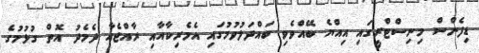
ޑިފެންސް މިނިސްޓްރީގައި އިއްޔެ ބޭއްވެވި ބައްދަލުވުމުގައި އެމެރިކާއާއި ރާއްޖެއާ ދެމެދު އޮތް ގުޅުމުގެ